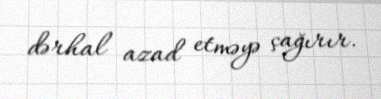
dərhal azad etməyə çağırır.